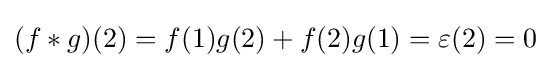
(f*g)(2)=f(1)g(2)+f(2)g(1)=\varepsilon (2)=0